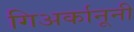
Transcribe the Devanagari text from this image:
गिअर्कानूनी